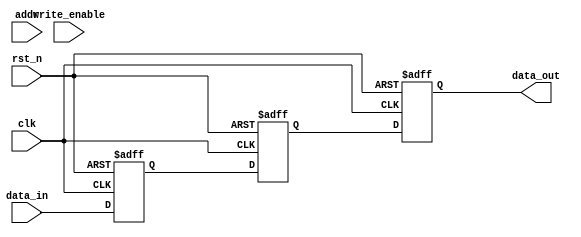
module MemoryBlocks #(
    parameter WORD_WIDTH = 8,   // Width of each memory word
    parameter NUM_WORDS = 256,  // Number of words in the memory
    parameter DELAY_CYCLES = 2  // Number of cycles for the safe delay line
)(
    input wire clk,               // Clock input
    input wire rst_n,             // Active low reset
    input wire [NUM_WORDS-1:0] addr, // Address input
    input wire [WORD_WIDTH-1:0] data_in, // Data input
    input wire write_enable,      // Write enable signal
    output wire [WORD_WIDTH-1:0] data_out // Data output
);

    // Memory Array
    reg [WORD_WIDTH-1:0] memory [0:NUM_WORDS-1];

    // Safe Delay Line
    reg [WORD_WIDTH-1:0] delay_line [0:DELAY_CYCLES-1];
    integer i;

    // Address Decoder Logic
    wire [WORD_WIDTH-1:0] selected_data;

    // Control Logic
    always @(posedge clk or negedge rst_n) begin
        if (!rst_n) begin
            // Reset memory and delay line
            for (i = 0; i < NUM_WORDS; i = i + 1) begin
                memory[i] <= 0;
            end
            for (i = 0; i < DELAY_CYCLES; i = i + 1) begin
                delay_line[i] <= 0;
            end
        end else begin
            // Write Operation
            if (write_enable) begin
                memory[addr] <= data_in;
            end
            
            // Update Delay Line
            delay_line[0] <= data_in;
            for (i = 1; i < DELAY_CYCLES; i = i + 1) begin
                delay_line[i] <= delay_line[i-1];
            end
        end
    end

    // Read Operation
    assign selected_data = memory[addr];

    // Output Logic with Delay
    always @(posedge clk or negedge rst_n) begin
        if (!rst_n) begin
            data_out <= 0;
        end else begin
            data_out <= delay_line[DELAY_CYCLES-1]; // Output the last delayed data
        end
    end

endmodule